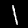
Digit: 1